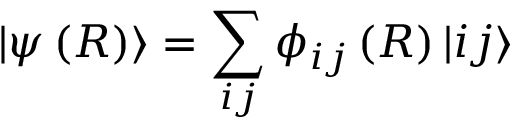
| \psi \left( R \right) \rangle = \sum _ { i j } \phi _ { i j } \left( R \right) | i j \rangle